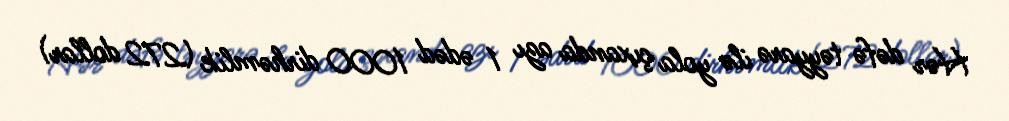
Hər dəfə təyyarə ilə yola çıxanda azı 1 ədəd 1000 dirhəmlik (272 dollar)